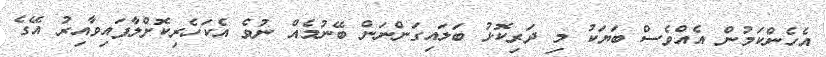
އެހެންކަމުން އެއްވެސް ބަޔަކު މި ދަރިކޮޅު ބަލައިގަންނަން ބޭނުމެއް ނުވެ އެކަހެރިކޮށްލާފައިވާއިރު އޭގެ